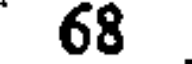
68